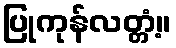
ပြုကုန်လတ္တံ့။